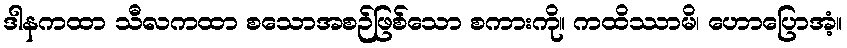
ဒါနကထာ သီလကထာ စသောအစဉ်ဖြစ်သော စကားကို။ ကထိဿာမိ၊ ဟောပြောအံ့။